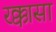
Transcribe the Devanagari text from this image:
रक्कासा